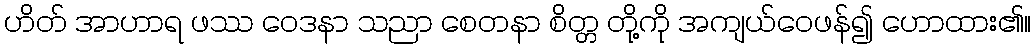
ဟိတ် အာဟာရ ဖဿ ဝေဒနာ သညာ စေတနာ စိတ္တ တို့ကို အကျယ်ဝေဖန်၍ ဟောထား၏။